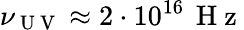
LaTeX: \nu_{\mathrm{~U~V~}}\approx 2\cdot 10^{16}\, \mathrm{~H~z~}